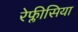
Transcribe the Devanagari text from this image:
रेफ्लीसिया